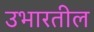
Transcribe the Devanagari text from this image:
उभारतील